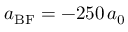
a _ { \mathrm { B F } } = - 2 5 0 \, a _ { 0 }